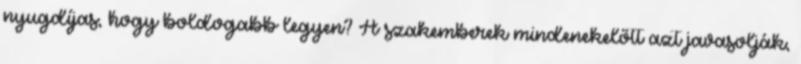
nyugdíjas, hogy boldogabb legyen? A szakemberek mindenekelőtt azt javasolják,